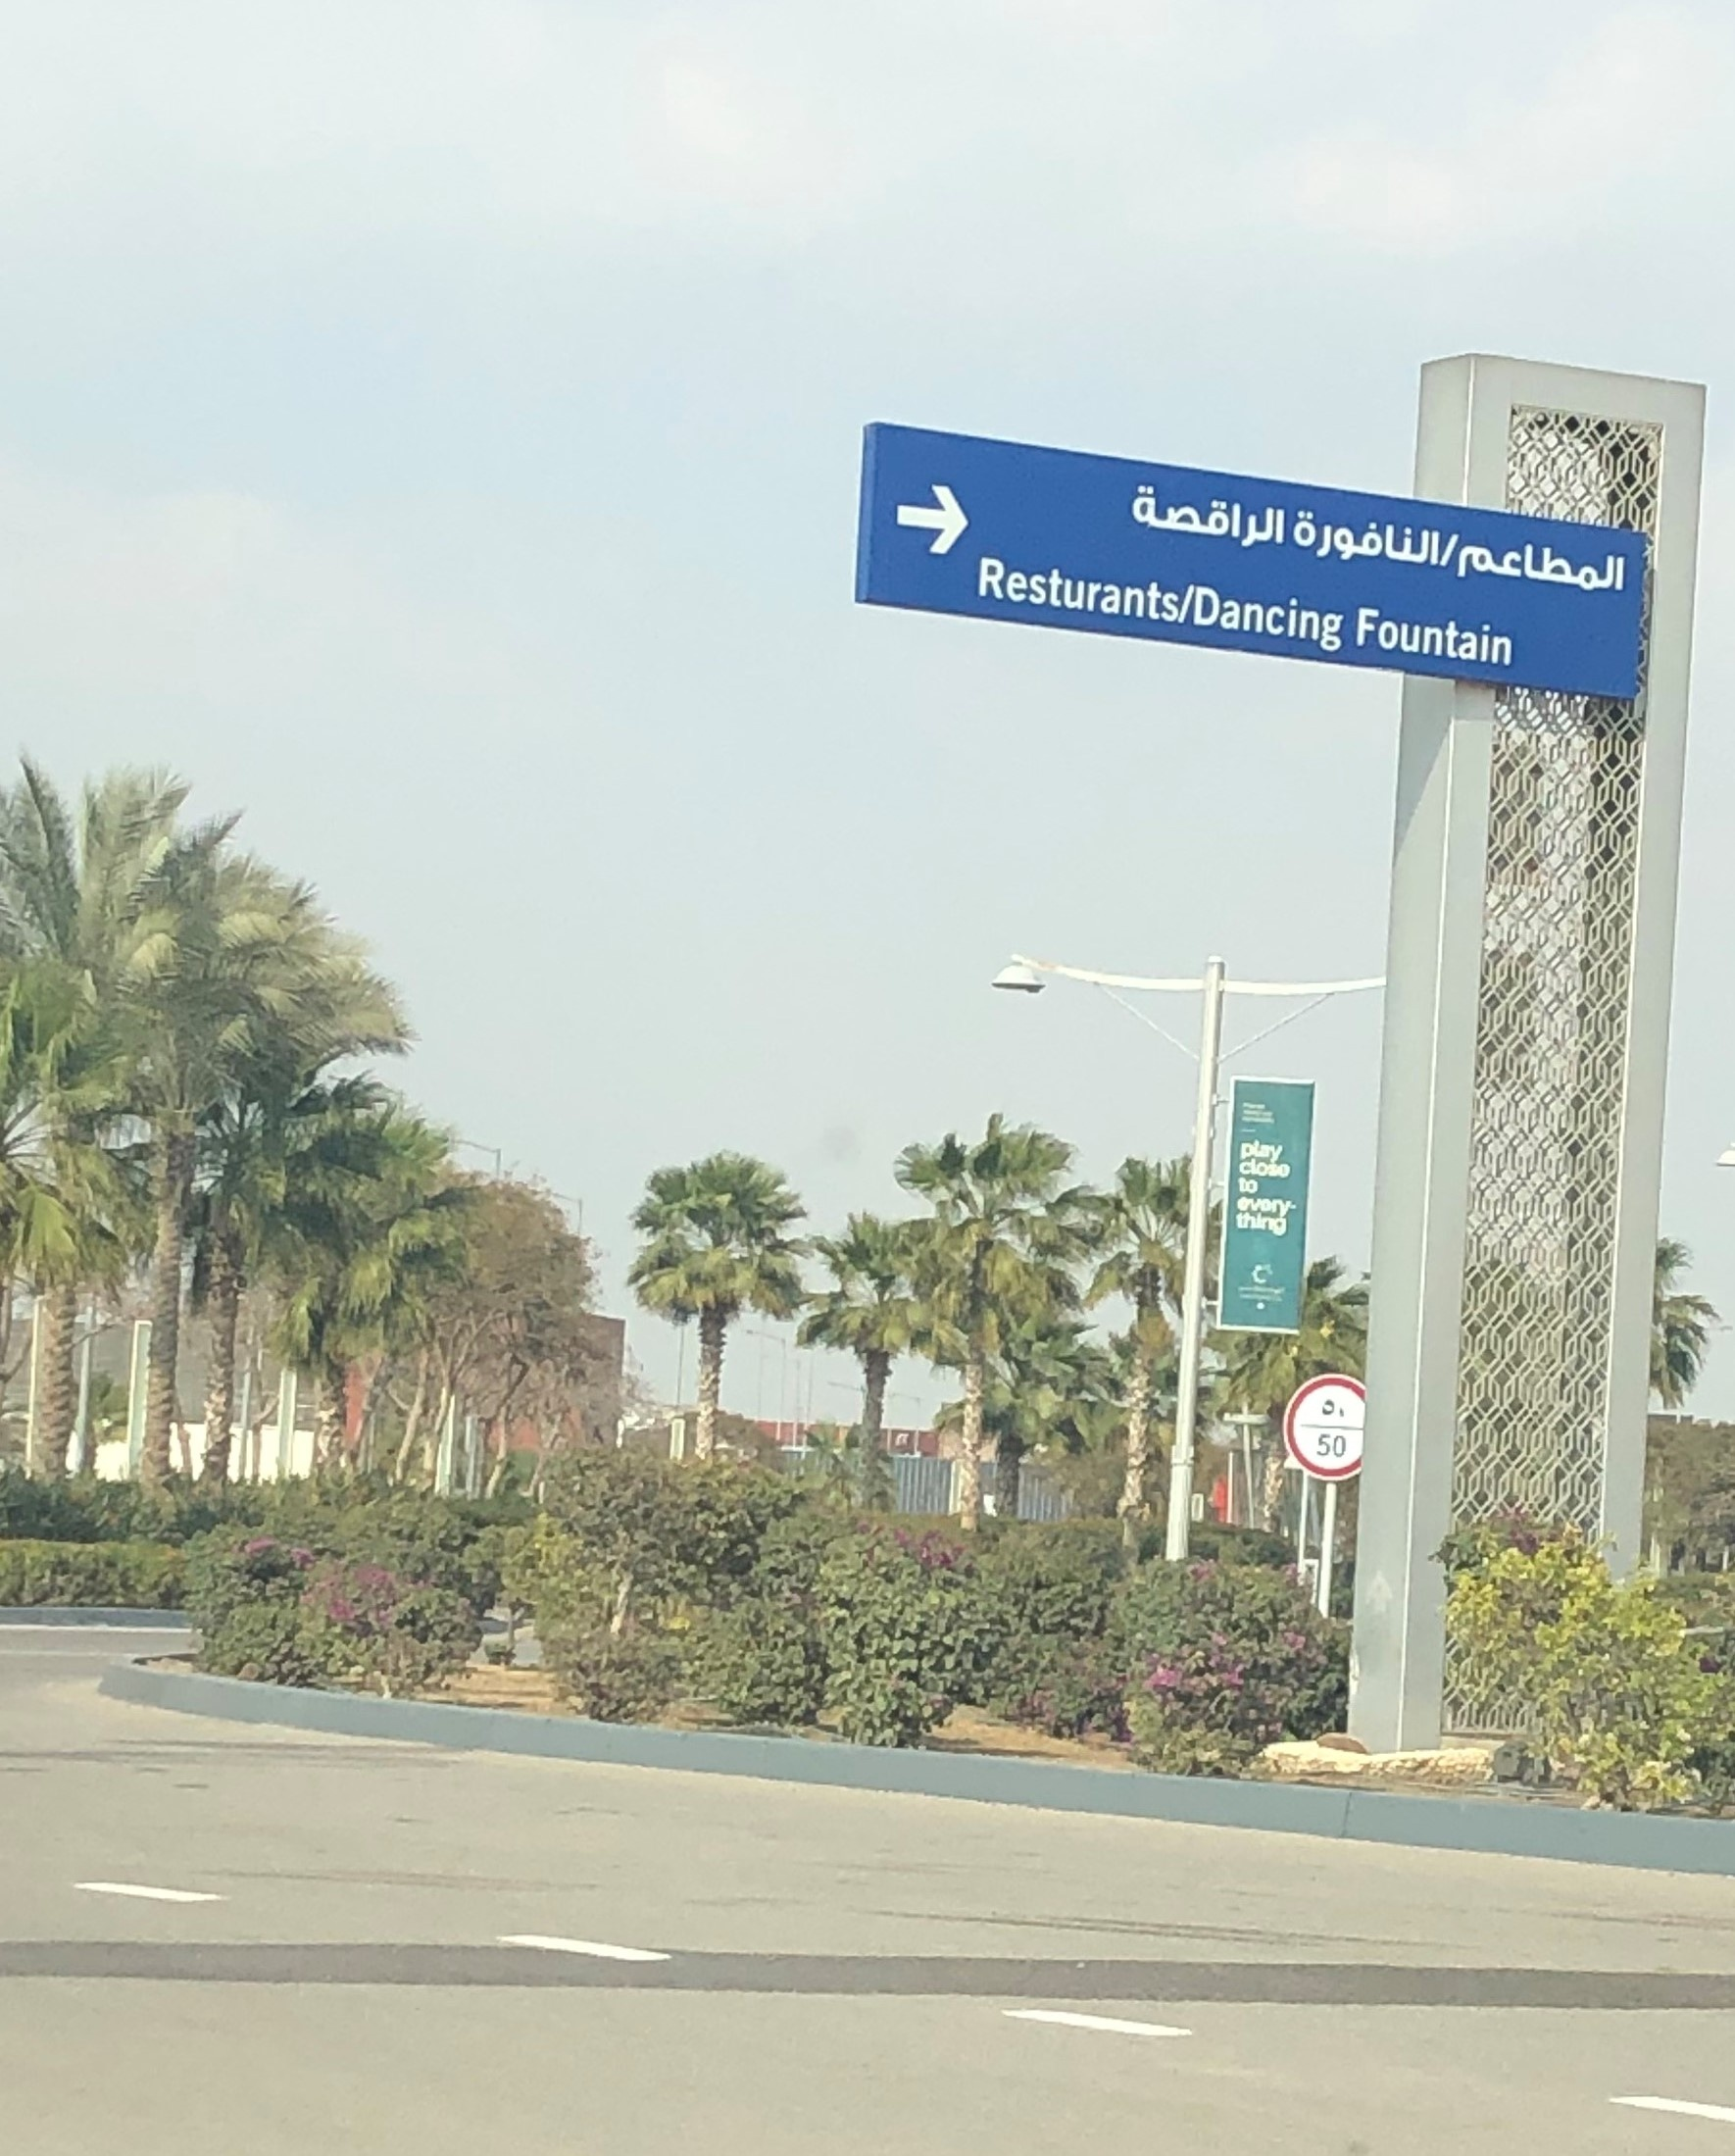
Text in image: الراقصة النافورة المطاعم 50 Resturants Dancing Fountain 50